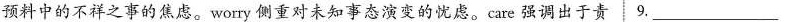
预料中的不祥之事的焦虑。worry 侧重对未知事态演变的忧虑。care 强调出于责 9.___